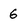
Character: 6